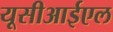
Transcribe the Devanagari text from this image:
यूसीआईएल